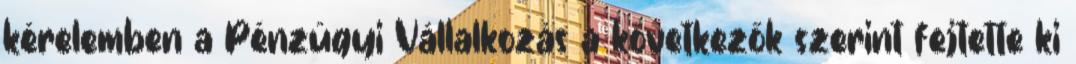
kérelemben a Pénzügyi Vállalkozás a következők szerint fejtette ki